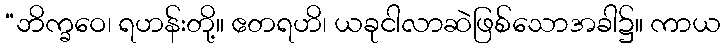
“ဘိက္ခဝေ၊ ရဟန်းတို့။ ဧတရဟိ၊ ယခုငါလာဆဲဖြစ်သောအခါ၌။ ကာယ